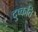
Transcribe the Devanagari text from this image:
दुष्‍कति